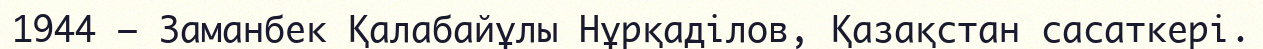
1944 — Заманбек Қалабайұлы Нұрқаділов, Қазақстан сасаткері.